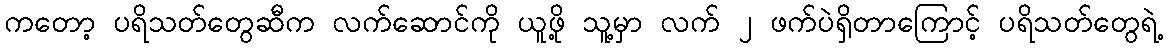
ကတော့ ပရိသတ်တွေဆီက လက်ဆောင်ကို ယူဖို့ သူ့မှာ လက် ၂ ဖက်ပဲရှိတာကြောင့် ပရိသတ်တွေရဲ့